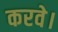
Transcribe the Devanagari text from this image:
करवे।